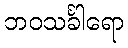
ဘဝသင်္ခါရော